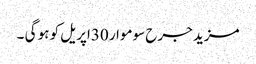
مزید جرح سوموار 30اپریل کو ہو گی ۔